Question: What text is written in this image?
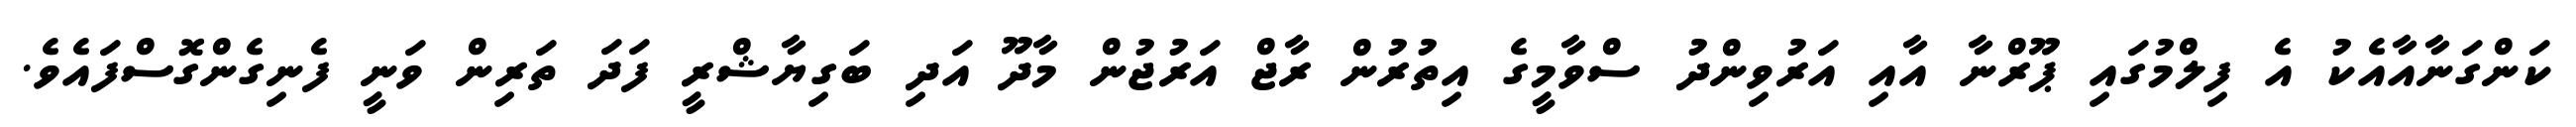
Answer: ކަންގަނާއާއެކު އެ ފިލްމުގައި ޕޫރްނާ އާއި އަރުވިންދު ސްވާމީގެ އިތުރުން ރާޖް އަރުޖުން މާދޫ އަދި ބަގިޔާޝްރީ ފަދަ ތަރިން ވަނީ ފެނިގެންގޮސްފައެވެ.